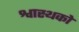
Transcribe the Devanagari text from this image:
श्वास्थको